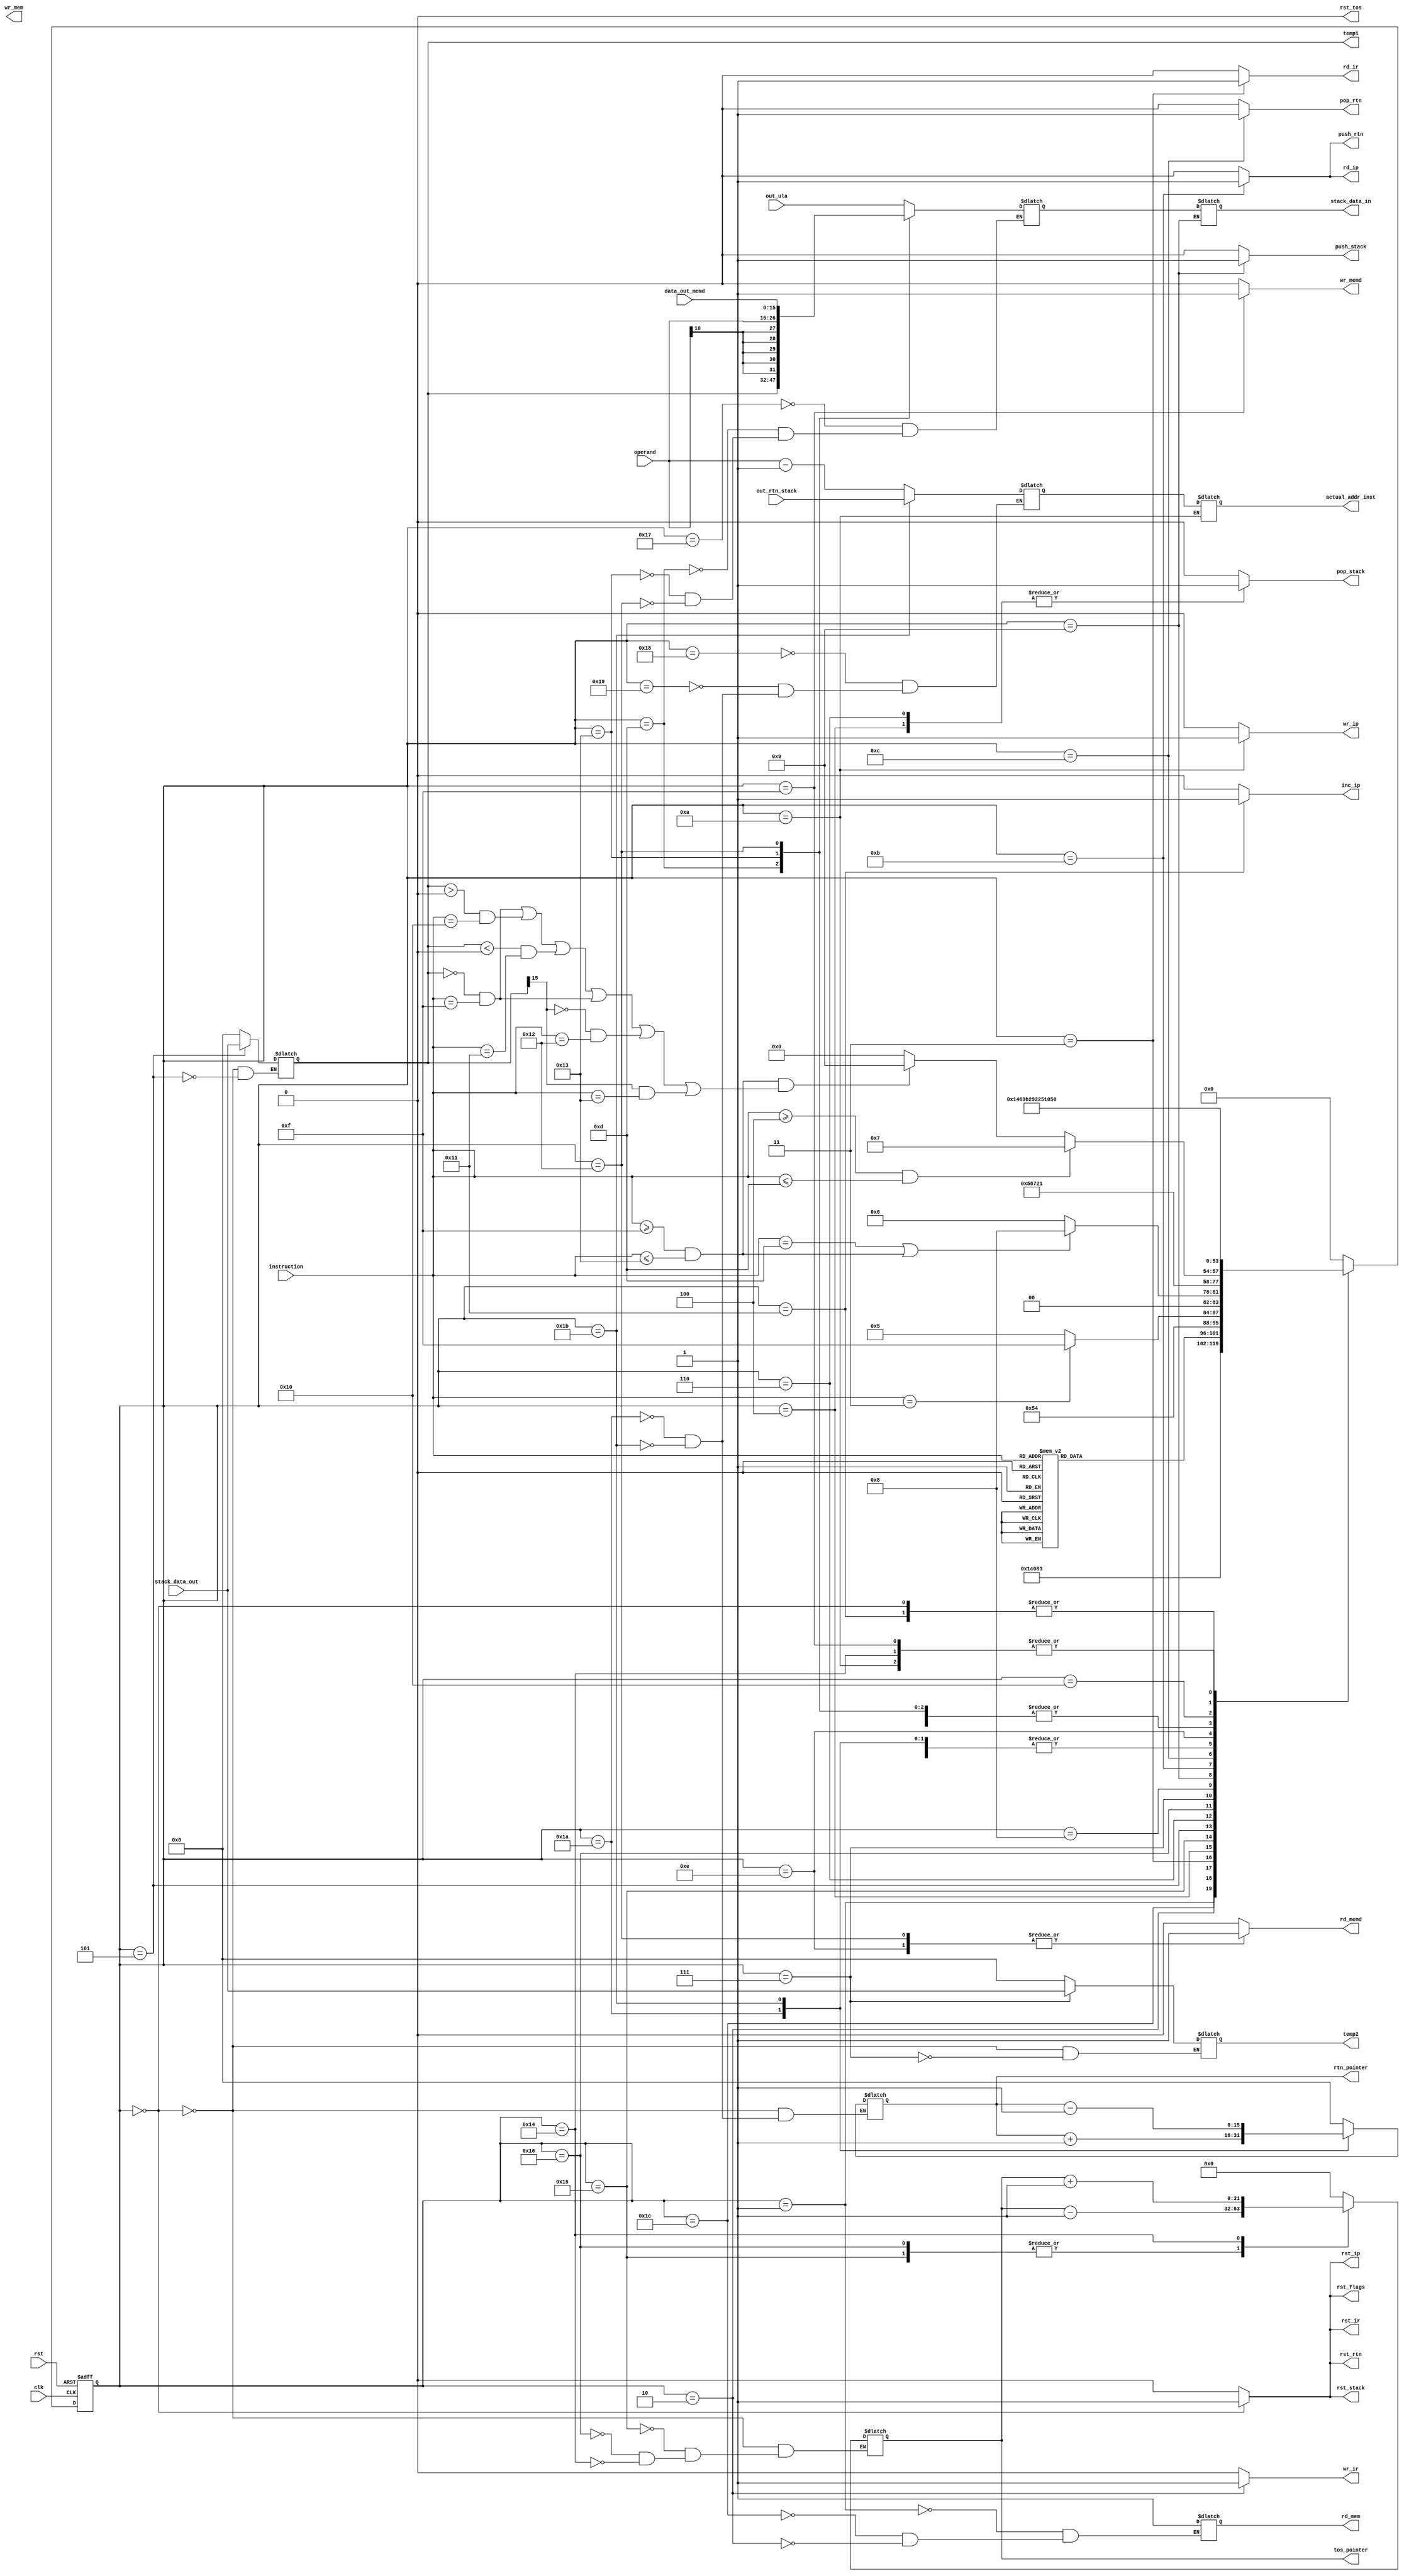
module fsm #(
    parameter integer DEPTH_TOS_POINTER = 32
  )(
    input wire clk,
    input wire rst,
    input wire [4:0] instruction,
    input wire [10:0] operand,

    input wire [15:0] stack_data_out,
    output reg [15:0] stack_data_in,

    // ULA
    input [15:0] out_ula,
    output reg [15:0] temp1,
    output reg [15:0] temp2,

    // IR register
    output reg rd_ir,
    output reg wr_ir,
    output reg rst_ir,

    output reg rst_tos,

    // RFLAGs
    output reg rst_flags,

    // Program memory
    output reg rd_mem,
    output reg wr_mem,

    // Data memory
    output reg rd_memd,
    output reg wr_memd,
    input wire [15:0] data_out_memd,

    // Program counter
    output reg wr_ip,
    output reg rd_ip,
    output reg rst_ip,
    output reg inc_ip,
    output reg [10:0] actual_addr_inst,

    // Data stack
    output reg push_stack,
    output reg pop_stack,
    output reg rst_stack,

    // Routine stack
    output reg push_rtn,
    output reg pop_rtn,
    output reg rst_rtn,

    // Pointer to data stack
    output reg [DEPTH_TOS_POINTER - 1:0] tos_pointer,

    // Pointer to routine stack
    input wire [10:0] out_rtn_stack,
    output reg [15:0] rtn_pointer
  );

  localparam RESET_ALL  = 0;
  localparam GET_INSTR  = 1;
  localparam SAVE_INSTR = 2;
  localparam DECODE     = 3;
  localparam SET_A      = 4;
  localparam SAVE_A     = 5;
  localparam SET_B      = 6;
  localparam SAVE_B     = 7;
  localparam VERIFY     = 8;
  localparam PUSH_STACK = 9;
  localparam JUMP       = 10;
  localparam PUSH_RTN   = 11;
  localparam RET_RTN    = 12;
  localparam GET_A      = 13;
  localparam READ_MEMD  = 14;
  localparam WRITE_MEMD = 15;
  localparam FINISH     = 16;
  localparam INC_IP     = 17;
  localparam PREP_MEMD  = 18;
  localparam PREP_IMM   = 19;
  localparam INC_STACK  = 20;
  localparam DEC_STACK  = 21;
  localparam DEC_STACK_AGAIN = 22;
  localparam GET_ULA    = 23;
  localparam SET_GOTO   = 24;
  localparam PREP_JUMP  = 25;
  localparam INC_RTN_STACK = 26;
  localparam DEC_RTN_STACK = 27;
  localparam AWAIT_INSTR   = 28;

  localparam PUSH = 0;
  localparam PUSH_I = 1;
  localparam PUSH_T = 2;
  localparam POP = 3;
  localparam ADD = 4;
  localparam SUB = 5;
  localparam MUL = 6;
  localparam DIV = 7;
  localparam AND = 8;
  localparam NAND = 9;
  localparam OR = 10;
  localparam XOR = 11;
  localparam CMP = 12;
  localparam NOT = 13;
  localparam GOTO = 14;
  localparam IF_EQ = 15;
  localparam IF_GT = 16;
  localparam IF_LT = 17;
  localparam IF_GE = 18;
  localparam IF_LE = 19;
  localparam CALL = 20;
  localparam RET = 21;


  wire isULA, isJUMP;
  assign isULA = instruction>=ADD && instruction<=NOT;
  assign isJUMP = instruction>=IF_EQ && instruction<=IF_LE;

  reg [5:0] state, next_state;
  reg [15:0] data_to_stack;
  reg [10:0] addr_to_jump;

  always @(posedge clk, posedge rst)
  begin : RESET_FSM
    if(rst)
      state <= RESET_ALL;
    else
      state <= next_state;
  end

  always @*
  begin
    case (state)
      RESET_ALL:
        next_state = GET_INSTR;
      GET_INSTR:
        next_state = AWAIT_INSTR;
      AWAIT_INSTR:
        next_state = SAVE_INSTR;
      SAVE_INSTR:
        next_state = DECODE;
      DECODE:
      begin
        case (instruction)
          PUSH:
            next_state = READ_MEMD;
          PUSH_I:
            next_state = PREP_IMM;
          PUSH_T:
            next_state = GET_A;
          POP, ADD, SUB, MUL, DIV, AND,
          NAND, OR, XOR, CMP, NOT,IF_EQ,
          IF_GT, IF_LT, IF_GE, IF_LE:
            next_state = SET_A;
          GOTO:
            next_state = SET_GOTO;
          CALL:
            next_state = PUSH_RTN;
          RET:
            next_state = RET_RTN;
          default:
            next_state = 0;
        endcase
      end
      SET_A:
        next_state = DEC_STACK;
      DEC_STACK:
        next_state = instruction == POP ? WRITE_MEMD : SAVE_A;
      SAVE_A:
      begin
        if(instruction == NOT || isJUMP)
          next_state = VERIFY;
        else
          next_state = SET_B;
      end
      SET_B:
        next_state = DEC_STACK_AGAIN;
      DEC_STACK_AGAIN:
        next_state = SAVE_B;
      SAVE_B:
        next_state = VERIFY;
      VERIFY:
      case (1)
        isULA:
          next_state = GET_ULA;
        isJUMP && (
          temp1 == 0 && instruction == IF_EQ ||
          temp1 >  0 && instruction == IF_GT ||
          temp1 <  0 && instruction == IF_LT ||
          temp1 == 0 && instruction == IF_EQ ||
          temp1[15] == 0 && instruction == IF_GE ||
          temp1[15] != 0 && instruction == IF_LE
        ):
        begin
          $display("%d Entrei aqui, %d, %d", $time, temp1 >= 0, temp1);
          next_state = PREP_JUMP;
        end
        default:
          next_state = FINISH;
      endcase
      PREP_JUMP:
        next_state = JUMP;
      GET_ULA:
        next_state <= PUSH_STACK;
      PREP_IMM:
        next_state = PUSH_STACK;
      PUSH_STACK:
        next_state = INC_STACK;
      SET_GOTO:
        next_state = JUMP;
      JUMP:
        next_state = FINISH;
      PUSH_RTN:
        next_state = INC_RTN_STACK;
      INC_RTN_STACK:
        next_state = JUMP;
      RET_RTN:
        next_state = DEC_RTN_STACK;
      DEC_RTN_STACK:
        next_state = JUMP;
      GET_A:
        next_state = PUSH_STACK;
      READ_MEMD:
        next_state = PREP_MEMD;
      PREP_MEMD:
        next_state = PUSH_STACK;
      WRITE_MEMD:
        next_state = FINISH;
      FINISH:
        next_state = INC_IP;
      INC_IP:
        next_state = GET_INSTR;
      INC_STACK:
        next_state = FINISH;
      default:
        next_state = RESET_ALL;
    endcase
  end

  always @*
  begin
    // IR register
    rd_ir = 0;
    wr_ir = 0;
    rst_ir = 0;

    rst_tos = 0;

    // RFLAGs
    rst_flags = 0;

    // Data memory
    rd_memd = 0;
    wr_memd = 0;

    // Program counter
    wr_ip = 0;
    rd_ip = 0;
    rst_ip = 0;
    inc_ip = 0;

    // Data stack
    push_stack = 0;
    pop_stack = 0;
    rst_stack = 0;

    // Routine stack
    push_rtn = 0;
    pop_rtn = 0;
    rst_rtn = 0;

    case (state)
      RESET_ALL:
      begin
        rst_flags   = 1;
        rst_ip      = 1;
        rst_ir      = 1;
        rst_rtn     = 1;
        rst_stack   = 1;
        temp1 = 0;
        temp2 = 0;

        tos_pointer = 0;
        rtn_pointer = 0;
      end

      GET_INSTR:
      begin
        rd_mem = 1;
      end

      AWAIT_INSTR:
      begin
        rd_mem = 1;
      end

      SAVE_INSTR:
      begin
        rd_mem = 1;
        wr_ir = 1;
      end

      DECODE:
      begin
        rd_ir = 1;
      end

      SET_A:
      begin
        pop_stack = 1;
      end

      DEC_STACK:
      begin
        tos_pointer = tos_pointer - 1;
      end

      SAVE_A:
      begin
        temp1 = stack_data_out;
      end

      SET_B:
      begin
        pop_stack = 1;
      end

      DEC_STACK_AGAIN:
      begin
        tos_pointer = tos_pointer - 1;
      end

      SAVE_B:
      begin
        temp2 = stack_data_out;
      end

      VERIFY:
      begin

      end

      GET_ULA:
      begin
        data_to_stack = out_ula;
      end

      PUSH_STACK:
      begin
        stack_data_in = data_to_stack;
        push_stack = 1;
      end

      SET_GOTO:
      begin
        addr_to_jump = operand - 1;
      end

      PREP_JUMP:
      begin
        addr_to_jump = operand - 1;
      end

      JUMP:
      begin
        actual_addr_inst = addr_to_jump;
        wr_ip = 1;
      end

      PUSH_RTN:
      begin
        push_rtn = 1;
        rd_ip = 1;
      end

      INC_RTN_STACK:
      begin
        addr_to_jump = operand - 1;
        rtn_pointer = rtn_pointer + 1;
      end

      RET_RTN:
      begin
        pop_rtn = 1;
      end

      DEC_RTN_STACK:
      begin
        addr_to_jump = out_rtn_stack;
        rtn_pointer = rtn_pointer - 1;
      end

      GET_A:
      begin
        data_to_stack = temp1;
      end

      READ_MEMD:
      begin
        rd_memd = 1;
      end

      PREP_IMM:
      begin
        data_to_stack = {{5{operand[10]}},operand};
      end

      PREP_MEMD:
      begin
        rd_memd = 1;
        data_to_stack = data_out_memd;
      end

      WRITE_MEMD:
      begin
        wr_memd = 1;
      end

      FINISH:
      begin


      end

      INC_IP:
      begin
        inc_ip = 1;
      end

      INC_STACK:
      begin
        tos_pointer = tos_pointer + 1;
      end

    endcase
  end

endmodule